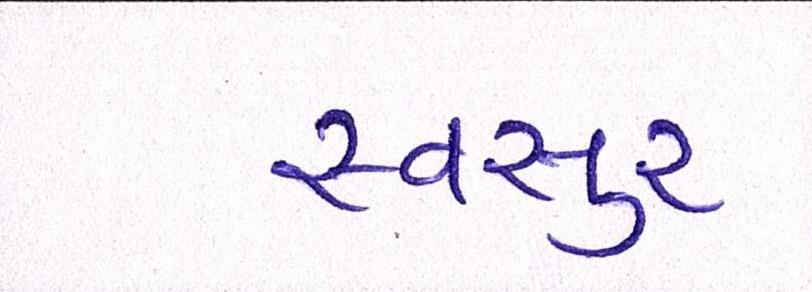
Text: સ્વસુર